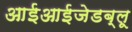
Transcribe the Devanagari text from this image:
आईआईजेडब्लू